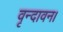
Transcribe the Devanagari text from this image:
वृन्दावन।